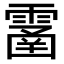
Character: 𩄙